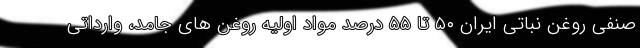
صنفی روغن نباتی ایران ۵۰ تا ۵۵ درصد مواد اولیه روغن های جامد، وارداتی